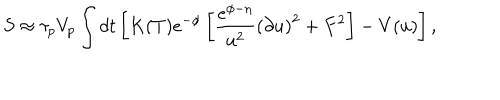
LaTeX: S \approx \tau _ { p } V _ { p } \int d t \left[ K ( T ) e ^ { - \phi } \left[ { \frac { e ^ { \phi - \eta } } { u ^ { 2 } } } { ( \partial u ) } ^ { 2 } + F ^ { 2 } \right] - V ( u ) \right] ,